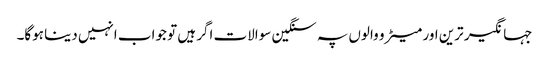
جہانگیر ترین اور میٹرو والوں پہ سنگین سوالات اگر ہیں تو جواب انہیں دینا ہوگا۔